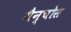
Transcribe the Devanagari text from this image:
गैन्चोस